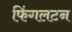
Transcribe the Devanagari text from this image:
फिंगलटन